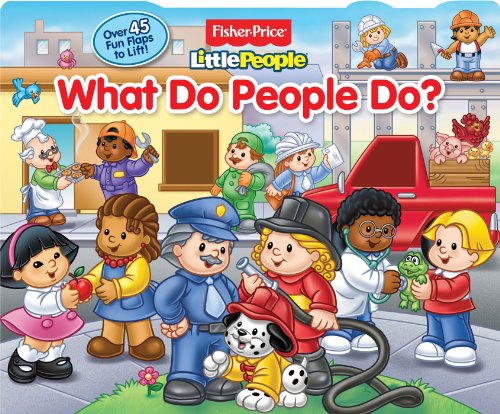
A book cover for Fisher-Price Little People What Do People Do: Lift-the-Flap; Fisher-PriceÂ® Little PeopleÂ®; Children's Books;